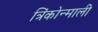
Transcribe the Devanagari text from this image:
त्रिंकोन्माली